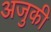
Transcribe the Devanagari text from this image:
अजुकी